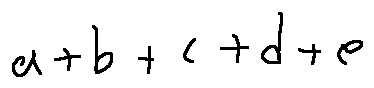
a + b + c + d + e